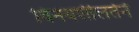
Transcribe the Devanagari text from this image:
विनयशीलतेने